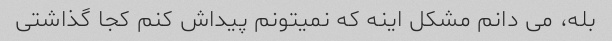
بله، می دانم مشکل اینه که نمیتونم پیداش کنم کجا گذاشتی